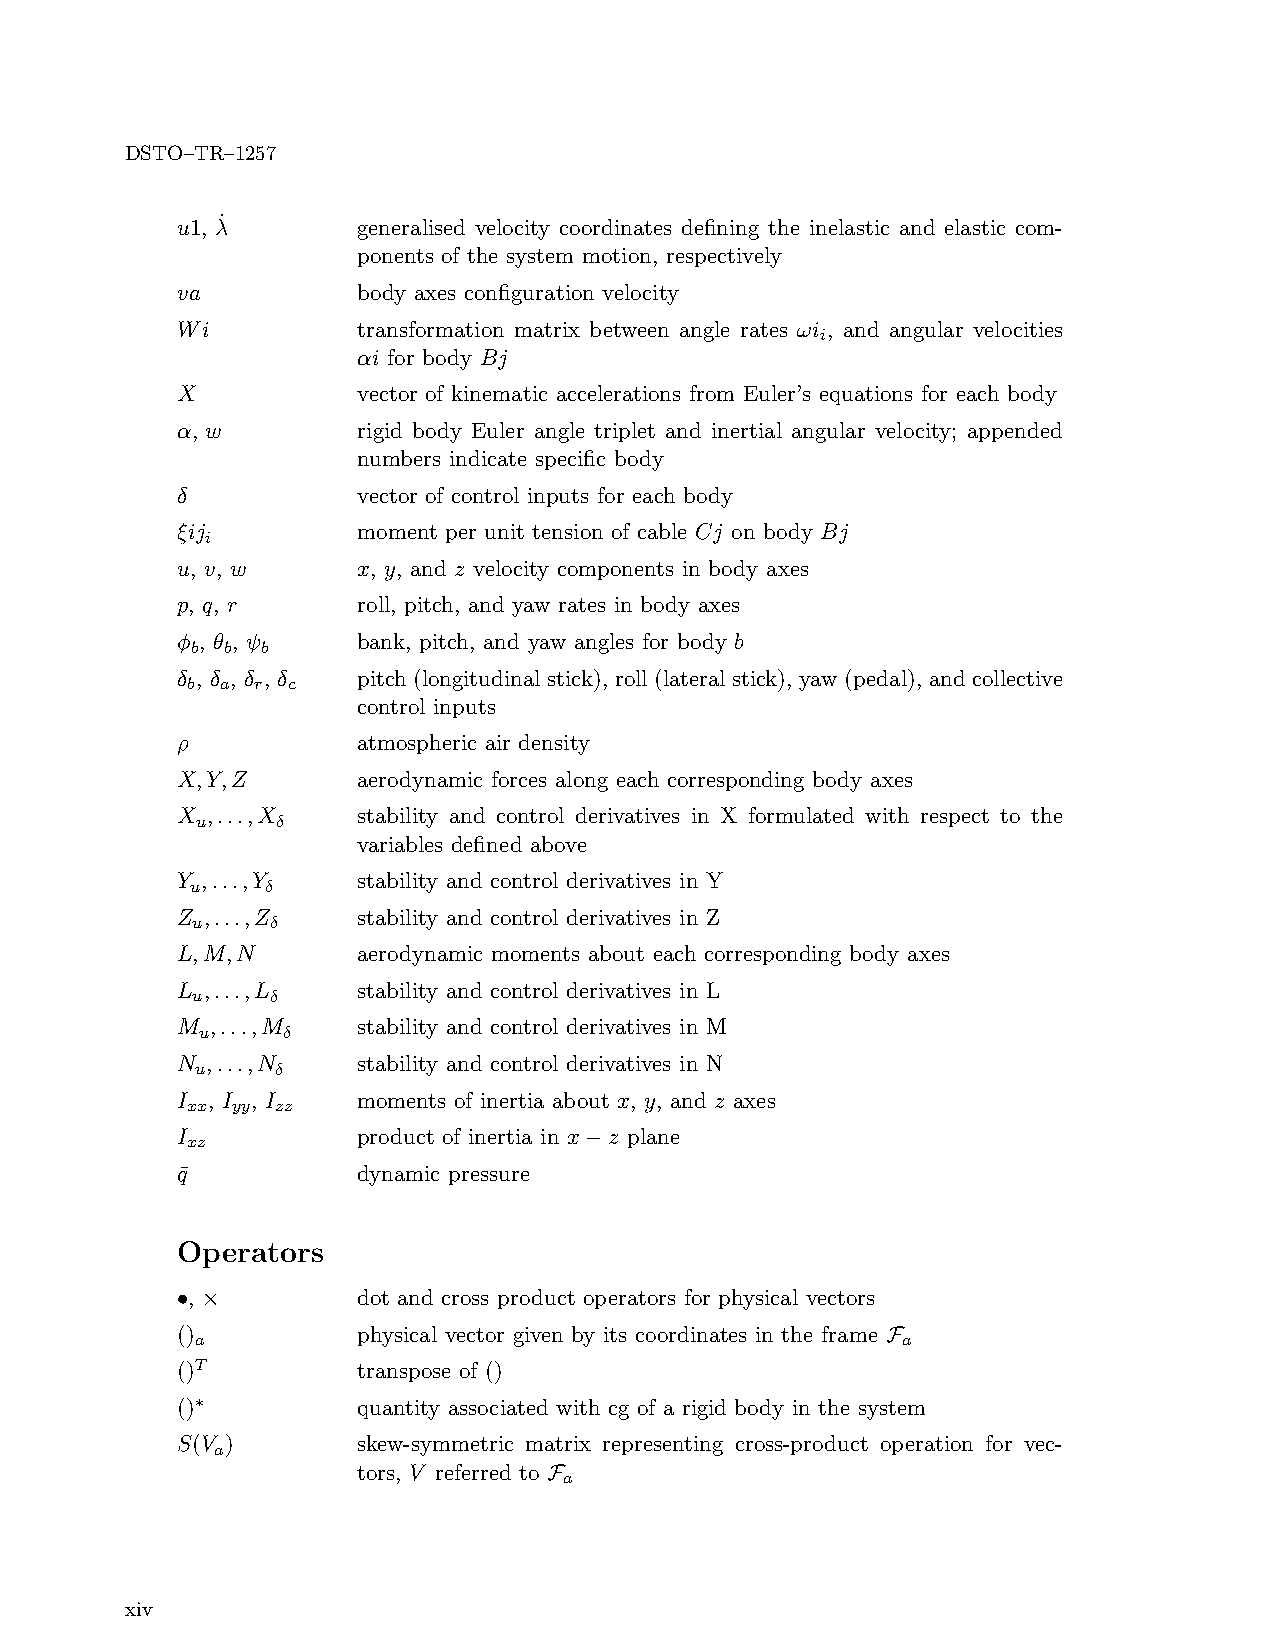
DSTO–TR–1257
 u1, λ˙      generalised velocity coordinates defining the inelastic and elastic com-
 ponents of the system motion, respectively
 va          body axes configuration velocity
 Wi          transformation matrix between angle rates ωi , and angular velocities
 i
 αi for body Bj
 X           vector of kinematic accelerations from Euler’s equations for each body
 α, w        rigid body Euler angle triplet and inertial angular velocity; appended
 numbers indicate specific body
 δ           vector of control inputs for each body
 ξij         moment per unit tension of cable Cj on body Bj
 i
 u, v, w     x, y, and z velocity components in body axes
 p, q, r     roll, pitch, and yaw rates in body axes
 φ , θ , ψ   bank, pitch, and yaw angles for body b
 b b b
 δ , δ , δ , δ pitch (longitudinal stick), roll (lateral stick), yaw (pedal), and collective
 b  a r c
 control inputs
 ρ           atmospheric air density
 X,Y,Z       aerodynamic forces along each corresponding body axes
 X ,...,X    stability and control derivatives in X formulated with respect to the
 u    δ
 variables defined above
 Y ,...,Y    stability and control derivatives in Y
 u    δ
 Z ,...,Z    stability and control derivatives in Z
 u    δ
 L,M,N       aerodynamic moments about each corresponding body axes
 L ,...,L    stability and control derivatives in L
 u    δ
 M ,...,M    stability and control derivatives in M
 u     δ
 N ,...,N    stability and control derivatives in N
 u    δ
 I , I , I   moments of inertia about x, y, and z axes
 xx yy zz
 I           product of inertia in x−z plane
 xz
 q¯          dynamic pressure
 Operators
 •, ×        dot and cross product operators for physical vectors
 ()          physical vector given by its coordinates in the frame F
 a                                              a
 ()T         transpose of ()
 ()∗         quantity associated with cg of a rigid body in the system
 S(V )       skew-symmetric matrix representing cross-product operation for vec-
 a
 tors, V referred to F
 a
 xiv